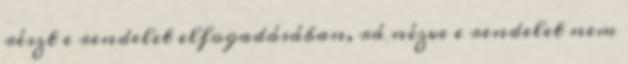
részt e rendelet elfogadásában, rá nézve e rendelet nem